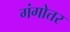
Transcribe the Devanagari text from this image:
गंगोत्तर